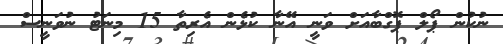
ނުކުން ޕޯލް ޕޮގްބާއަށް ވަނީ އޭނާ ކުޅެން އެރިތާ 15 މިނަޓު ނުވަނީސް